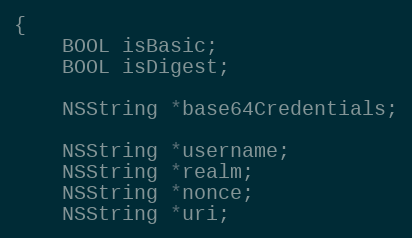
Language: C
{
    BOOL isBasic;
    BOOL isDigest;

    NSString *base64Credentials;

    NSString *username;
    NSString *realm;
    NSString *nonce;
    NSString *uri;